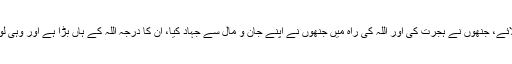
امین احسن اصلاحی جو ایمان لائے، جنھوں نے ہجرت کی اور اللہ کی راہ میں جنھوں نے اپنے جان و مال سے جہاد کیا، ان کا درجہ اللہ کے ہاں بڑا ہے اور وہی لوگ فائز المرام ہونے والے ہیں۔